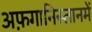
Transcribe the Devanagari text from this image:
अफ़गानिस्तानमें